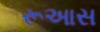
રૂઆસ